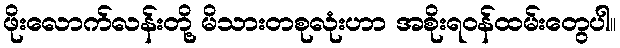
ဖိုးလောက်လန်းတို့ မိသားတစုလုံးဟာ အစိုးရဝန်ထမ်းတွေပါ။